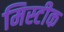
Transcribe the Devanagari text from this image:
मिस्टीक